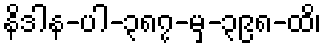
နိဒါန-ပါ-၃၈၇-မှ-၃၉၈-ထိ၊